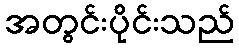
အတွင်းပိုင်းသည်